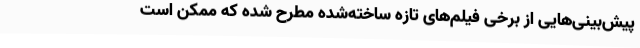
پیش‌بینی‌هایی از برخی فیلم‌های تازه ساخته‌شده مطرح شده که ممکن است